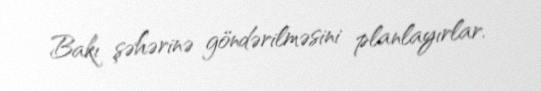
Bakı şəhərinə göndərilməsini planlayırlar.